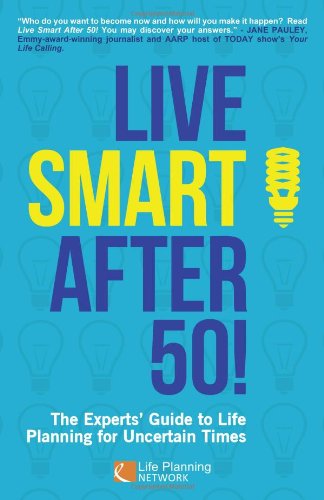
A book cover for Live Smart After 50!; Self-Help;